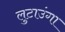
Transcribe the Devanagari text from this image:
लुटाउंगा